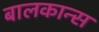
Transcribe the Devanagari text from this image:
बालकान्स